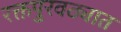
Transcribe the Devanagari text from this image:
रक्तपुरवठ्यात